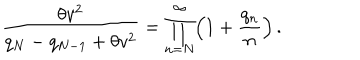
\displaystyle { \frac { \theta v ^ { 2 } } { q _ { N } - q _ { N - 1 } + \theta v ^ { 2 } } = \prod _ { n = N } ^ { \infty } \Bigl ( 1 + \frac { q _ { n } } { n } \Bigr ) } \, .